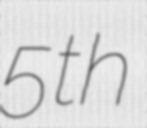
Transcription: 5th